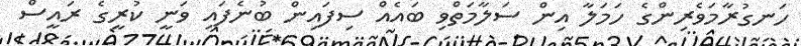
ހަނގުރާމަވެރިންގެ ހަމަލާ އިން ސަލާމަތްވި ބައެއް ސިފައިން ބުނެފައި ވަނީ ކުރީގެ ރައީސް